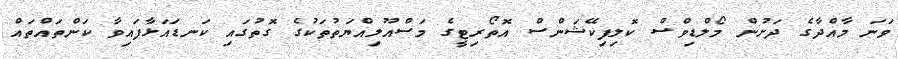
ވަނަ މާއްދާގެ ދަށުން މޯލްޑިވްސް ކޮލިފިކޭޝަންސް އޮތޯރިޓީގެ މަސްއޫލިއްޔަތުތަކުގެ ގޮތުގައި ކަނޑައަޅާފައިވާ ކަންތައްތައް